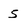
Character: s